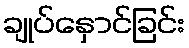
ချုပ်နှောင်ခြင်း